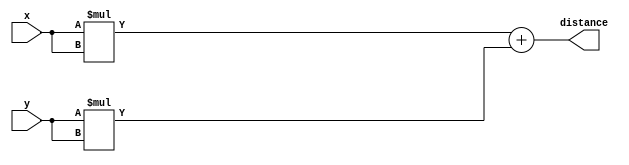
module Distance (x, y, distance);
  input [7:0] x;
  input [7:0] y;
  
  output [16:0] distance;
  
  assign distance = x*x + y*y;

endmodule